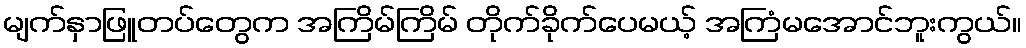
မျက်နှာဖြူတပ်တွေက အကြိမ်ကြိမ် တိုက်ခိုက်ပေမယ့် အကြံမအောင်ဘူးကွယ်။